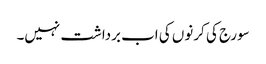
سورج کی کرنوں کی اب برداشت نہیں۔